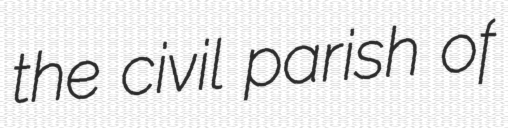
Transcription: the civil parish of